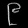
Digit: ၉